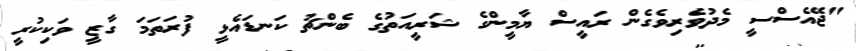
"ޖޭއެސްސީ މެދުވެރިވެގެން ރައީސް ޔާމީންގެ ޝަރީއަތުގެ ބެންޗު ކަނޑައެޅީ ފުރަތަމަ ގާޒީ ވަކިކުރީ